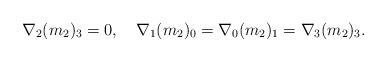
LaTeX: \begin{align*}\nabla_{2}(m_{2})_{3}=0,\quad\nabla_{1}(m_2)_{0}=\nabla_{0}(m_2)_{1}=\nabla_{3}(m_2)_{3}.\end{align*}